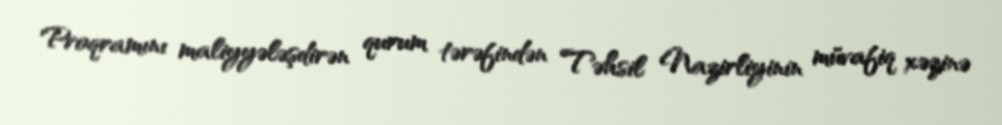
Proqramını maliyyələşdirən qurum tərəfindən Təhsil Nazirliyinin müvafiq xəzinə